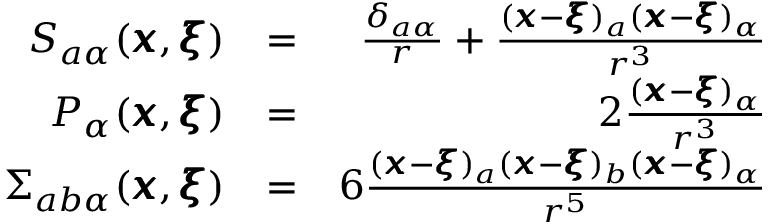
\begin{array} { r l r } { S _ { a \alpha } ( { \pmb x } , { \pmb \xi } ) } & { = } & { \frac { \delta _ { a \alpha } } { r } + \frac { ( { \pmb x } - { \pmb \xi } ) _ { a } ( { \pmb x } - { \pmb \xi } ) _ { \alpha } } { r ^ { 3 } } } \\ { P _ { \alpha } ( { \pmb x } , { \pmb \xi } ) } & { = } & { 2 \frac { ( { \pmb x } - { \pmb \xi } ) _ { \alpha } } { r ^ { 3 } } } \\ { \Sigma _ { a b \alpha } ( { \pmb x } , { \pmb \xi } ) } & { = } & { 6 \frac { ( { \pmb x } - { \pmb \xi } ) _ { a } ( { \pmb x } - { \pmb \xi } ) _ { b } ( { \pmb x } - { \pmb \xi } ) _ { \alpha } } { r ^ { 5 } } } \end{array}